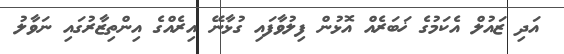
އަދި ޒައުލް އެކަމުގެ ޚަބަރެއް އޮޅުން ފިލުވާފައި ގުޅާނޭ އިރެއްގެ އިންތިޒާރުގައި ނަވާލު